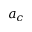
a _ { c }